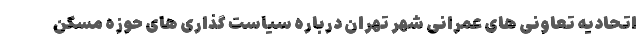
اتحادیه تعاونی های عمرانی شهر تهران درباره سیاست گذاری های حوزه مسکن